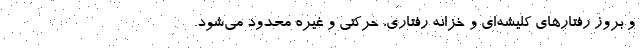
و بروز رفتارهای کلیشه‌ای و خزانه رفتاری، حرکتی و غیره محدود می‌شود.